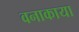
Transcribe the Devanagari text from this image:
वनाकाया